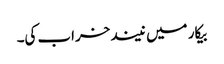
بیکار میں نیند خراب کی۔